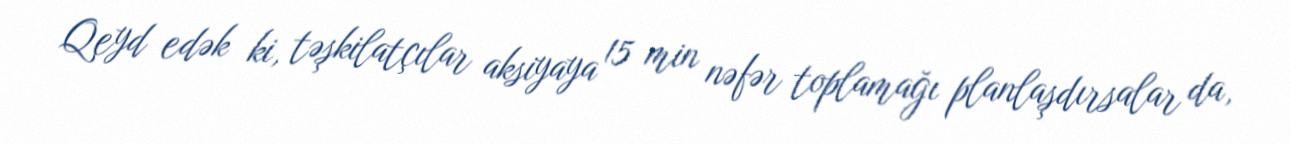
Qeyd edək ki, təşkilatçılar aksiyaya 15 min nəfər toplamağı planlaşdırsalar da,